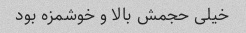
خیلی حجمش بالا و خوشمزه بود